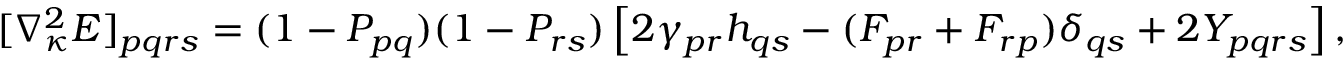
\begin{array} { r } { [ \nabla _ { { \boldsymbol { \kappa } } } ^ { 2 } E ] _ { p q r s } = ( 1 - P _ { p q } ) ( 1 - P _ { r s } ) \left[ 2 \gamma _ { p r } h _ { q s } - ( F _ { p r } + F _ { r p } ) \delta _ { q s } + 2 Y _ { p q r s } \right] , } \end{array}